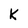
Character: k